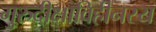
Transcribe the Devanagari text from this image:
गुरुदीक्षाविहीनस्य